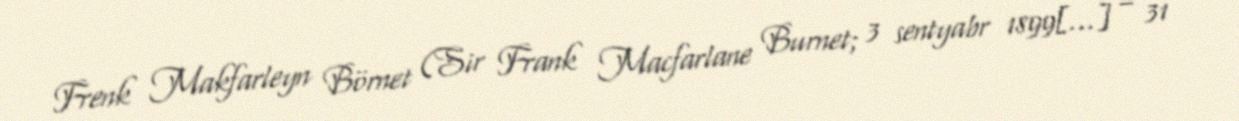
Frenk Makfarleyn Börnet (Sir Frank Macfarlane Burnet; 3 sentyabr 1899[…] – 31